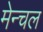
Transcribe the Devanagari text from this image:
मेन्चल